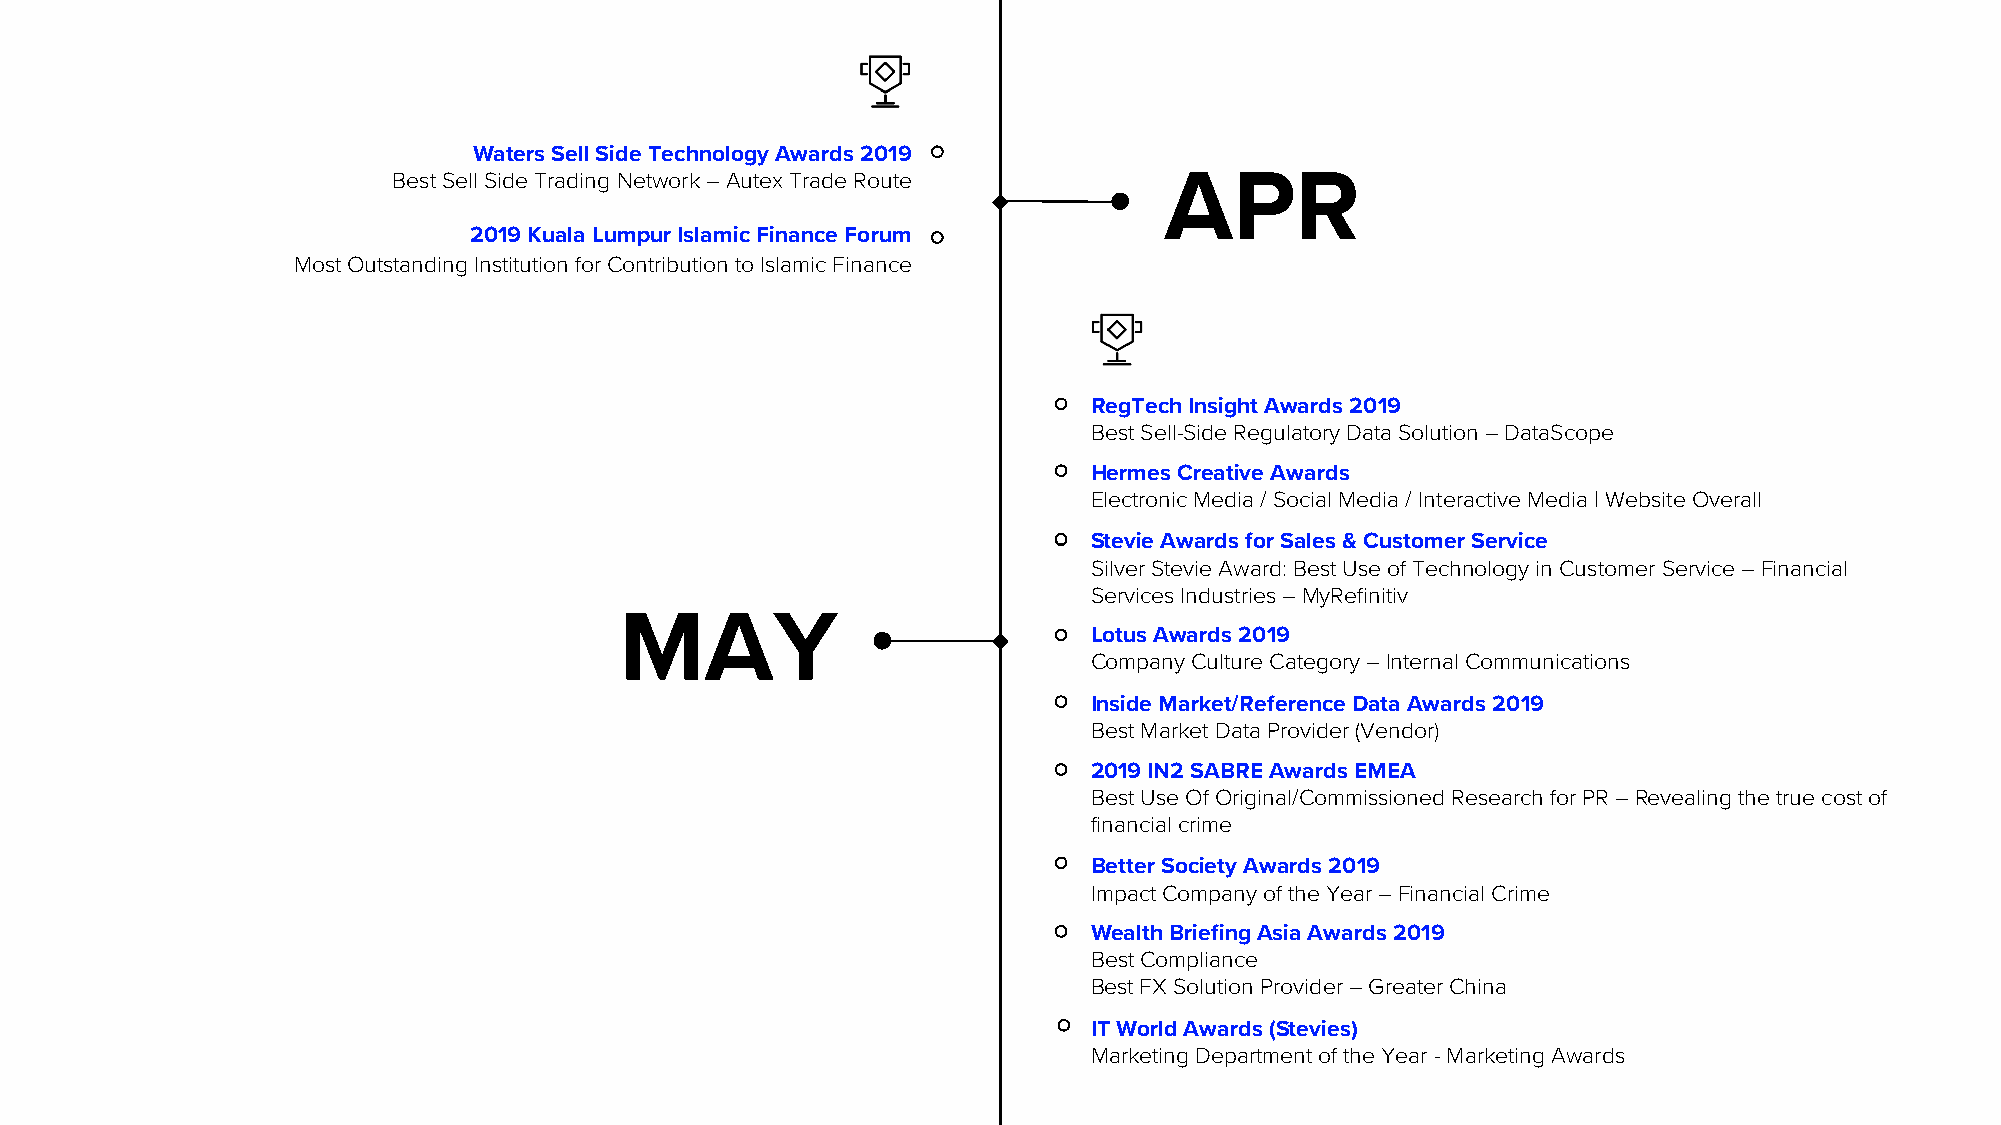
Waters Sell Side Technology Awards 2019
 Best Sell Side Trading Network –Autex Trade Route  APR
 2019 Kuala Lumpur Islamic Finance Forum
 Most Outstanding Institution for Contribution to Islamic Finance
 RegTechInsight Awards 2019
 Best Sell-Side Regulatory Data Solution –DataScope
 Hermes Creative Awards
 Electronic Media / Social Media / Interactive Media | Website Overall
 Stevie Awards for Sales & Customer Service
 Silver Stevie Award: Best Use of Technology in Customer Service –Financial
 Services Industries –MyRefinitiv
 MAY
 Lotus Awards 2019
 Company Culture Category –Internal Communications
 Inside Market/Reference Data Awards 2019
 Best Market Data Provider (Vendor)
 2019 IN2 SABRE Awards EMEA
 Best Use Of Original/Commissioned Research for PR –Revealing the true cost of
 financial crime
 Better Society Awards 2019
 Impact Company of the Year –Financial Crime
 Wealth Briefing Asia Awards 2019
 Best Compliance
 Best FX Solution Provider –Greater China
 IT World Awards (Stevies)
 Marketing Department of the Year -Marketing Awards